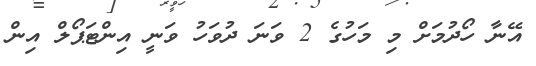
އޭނާ ހޯދުމަށް މި މަހުގެ 2 ވަނަ ދުވަހު ވަނީ އިންޓަޕޯލް އިން